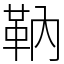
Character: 靹